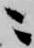
ニ